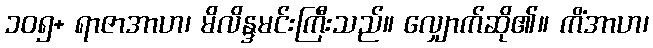
၁၀၅+ ရာဇာအာဟ၊ မိလိန္ဒမင်းကြီးသည်။ လျှောက်ဆို၏။ ကိံအာဟ၊